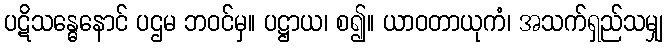
ပဋိသန္ဓေနောင် ပဌမ ဘဝင်မှ။ ပဋ္ဌာယ၊ စ၍။ ယာဝတာယုကံ၊ အသက်ရှည်သမျှ